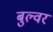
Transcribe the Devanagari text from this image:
बुल्वर